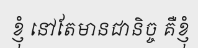
ខ្ញុំ នៅតែមានជានិច្ច គឺខ្ញុំ